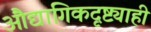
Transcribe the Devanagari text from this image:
औद्यागिकदृष्ट्याही